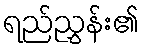
ရည်ညွှန်း၏